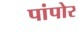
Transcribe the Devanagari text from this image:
पांपोर